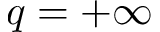
q = + \infty